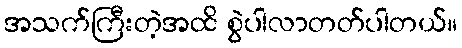
အသက်ကြီးတဲ့အထိ စွဲပါလာတတ်ပါတယ်။